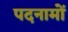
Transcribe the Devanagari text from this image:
पदनामों